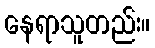
နေရာသူတည်း။